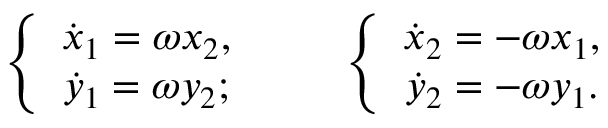
\begin{array} { r } { \left\{ \begin{array} { c } { \dot { x } _ { 1 } = \omega x _ { 2 } , } \\ { \dot { y } _ { 1 } = \omega y _ { 2 } ; } \end{array} \right. \qquad \left\{ \begin{array} { c } { \dot { x } _ { 2 } = - \omega x _ { 1 } , } \\ { \dot { y } _ { 2 } = - \omega y _ { 1 } . } \end{array} \right. } \end{array}